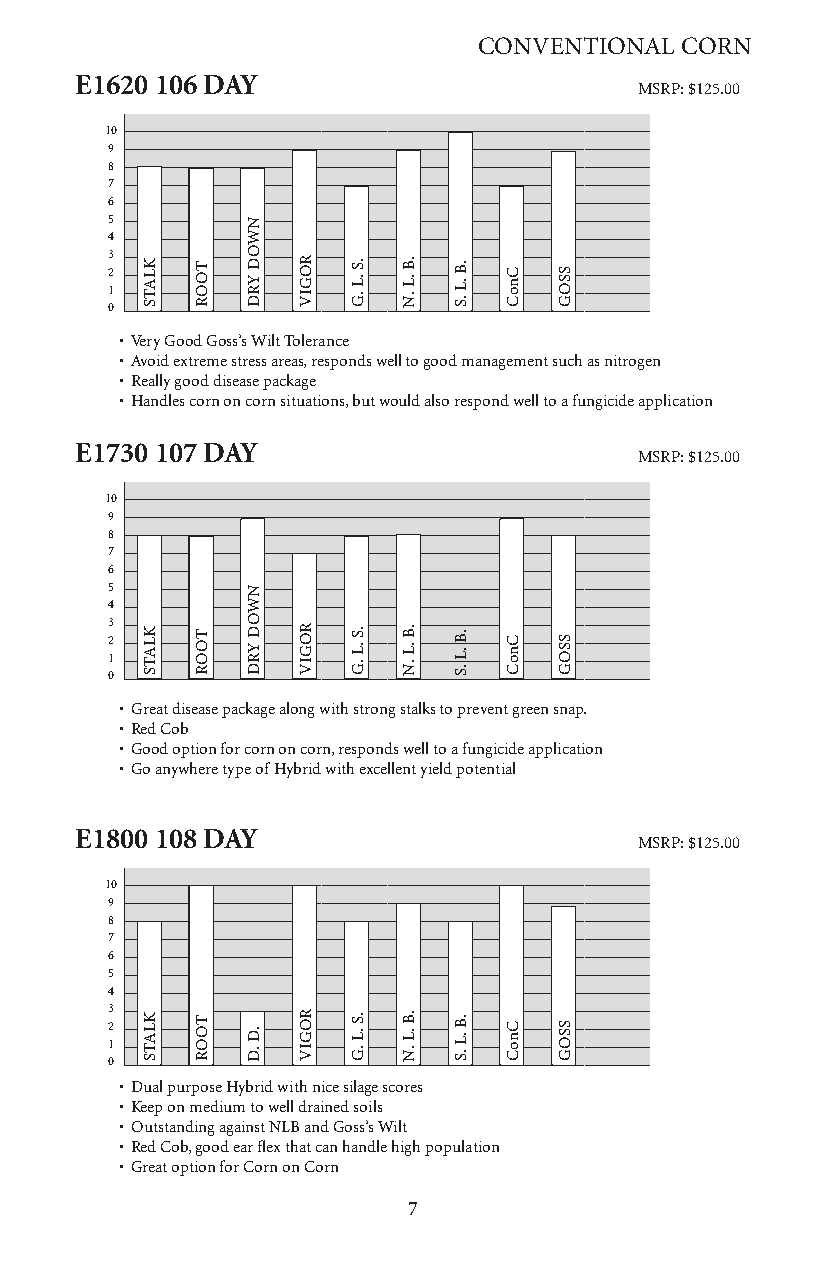
CONVENTIONAL CORN
 E1620 106 DAY
 MSRP: $125.00
 10
 9
 8
 7
 6
 5
 4
 3 2
 1
 0
 • Very Good Goss’s Wilt Tolerance
 • Avoid extreme stress areas, responds well to good management such as nitrogen
 • Really good disease package
 • Handles corn on corn situations, but would also respond well to a fungicide application
 E1730 107 DAY
 MSRP: $125.00
 10
 9
 8
 7
 6
 5
 4
 3 2
 1
 0
 • Great disease package along with strong stalks to prevent green snap.
 • Red Cob
 • Good option for corn on corn, responds well to a fungicide application
 • Go anywhere type of Hybrid with excellent yield potential
 E1800 108 DAY
 MSRP: $125.00
 10
 9
 8
 7
 6
 5
 4
 3 2
 1
 0
 • Dual purpose Hybrid with nice silage scores
 • Keep on medium to well drained soils
 • Outstanding against NLB and Goss’s Wilt
 • Red Cob, good ear flex that can handle high population
 • Great option for Corn on Corn
 7
 KLATS
 KLATS
 KLATS
 TOOR
 TOOR
 TOOR
 NWOD
 YRD
 NWOD
 YRD
 .D
 .D
 ROGIV
 ROGIV
 ROGIV
 .S .L
 .G
 .S .L
 .G
 .S .L
 .G
 .B .L
 .N
 .B .L
 .N
 .B .L
 .N
 .B .L
 .S
 .B .L
 .S
 .B .L
 .S
 CnoC
 CnoC
 CnoC
 SSOG
 SSOG
 SSOG